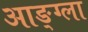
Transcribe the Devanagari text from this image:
आङ्ग्ला